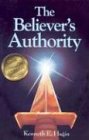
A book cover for The Believer's Authority; Kenneth E. Hagin; Christian Books & Bibles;